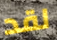
لقد